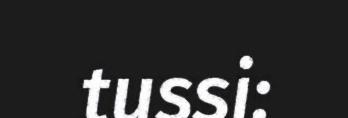
tussi: